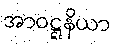
အာဝဋ္ဋနိယာ